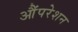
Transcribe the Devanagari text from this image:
औंपरेशन